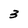
Character: 3